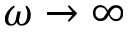
\omega \rightarrow \infty